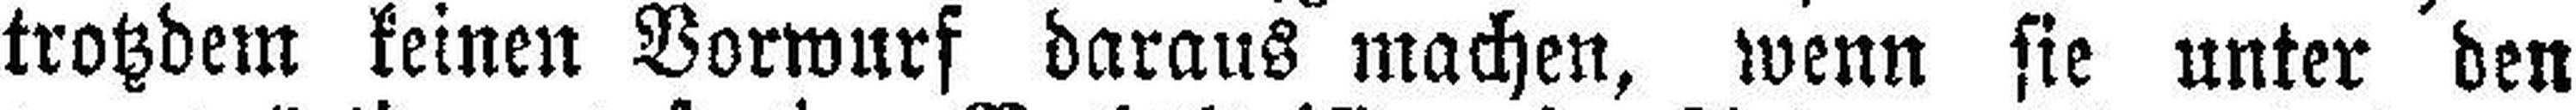
trotzdem keinen Vorwurf daraus machen, wenn sie unter den